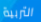
التربية